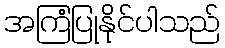
အကြံပြုနိုင်ပါသည်